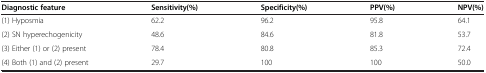
<table><thead><tr><td><b>Diagnostic feature</b></td><td><b>Sensitivity(%)</b></td><td><b>Specificity(%)</b></td><td><b>PPV(%)</b></td><td><b>NPV(%)</b></td></tr></thead><tbody><tr><td>(1) Hyposmia</td><td>62.2</td><td>96.2</td><td>95.8</td><td>64.1</td></tr><tr><td>(2) SN hyperechogenicity</td><td>48.6</td><td>84.6</td><td>81.8</td><td>53.7</td></tr><tr><td>(3) Either (1) or (2) present</td><td>78.4</td><td>80.8</td><td>85.3</td><td>72.4</td></tr><tr><td>(4) Both (1) and (2) present</td><td>29.7</td><td>100</td><td>100</td><td>50.0</td></tr></tbody></table>